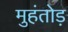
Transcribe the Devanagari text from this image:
मुहंतोड़